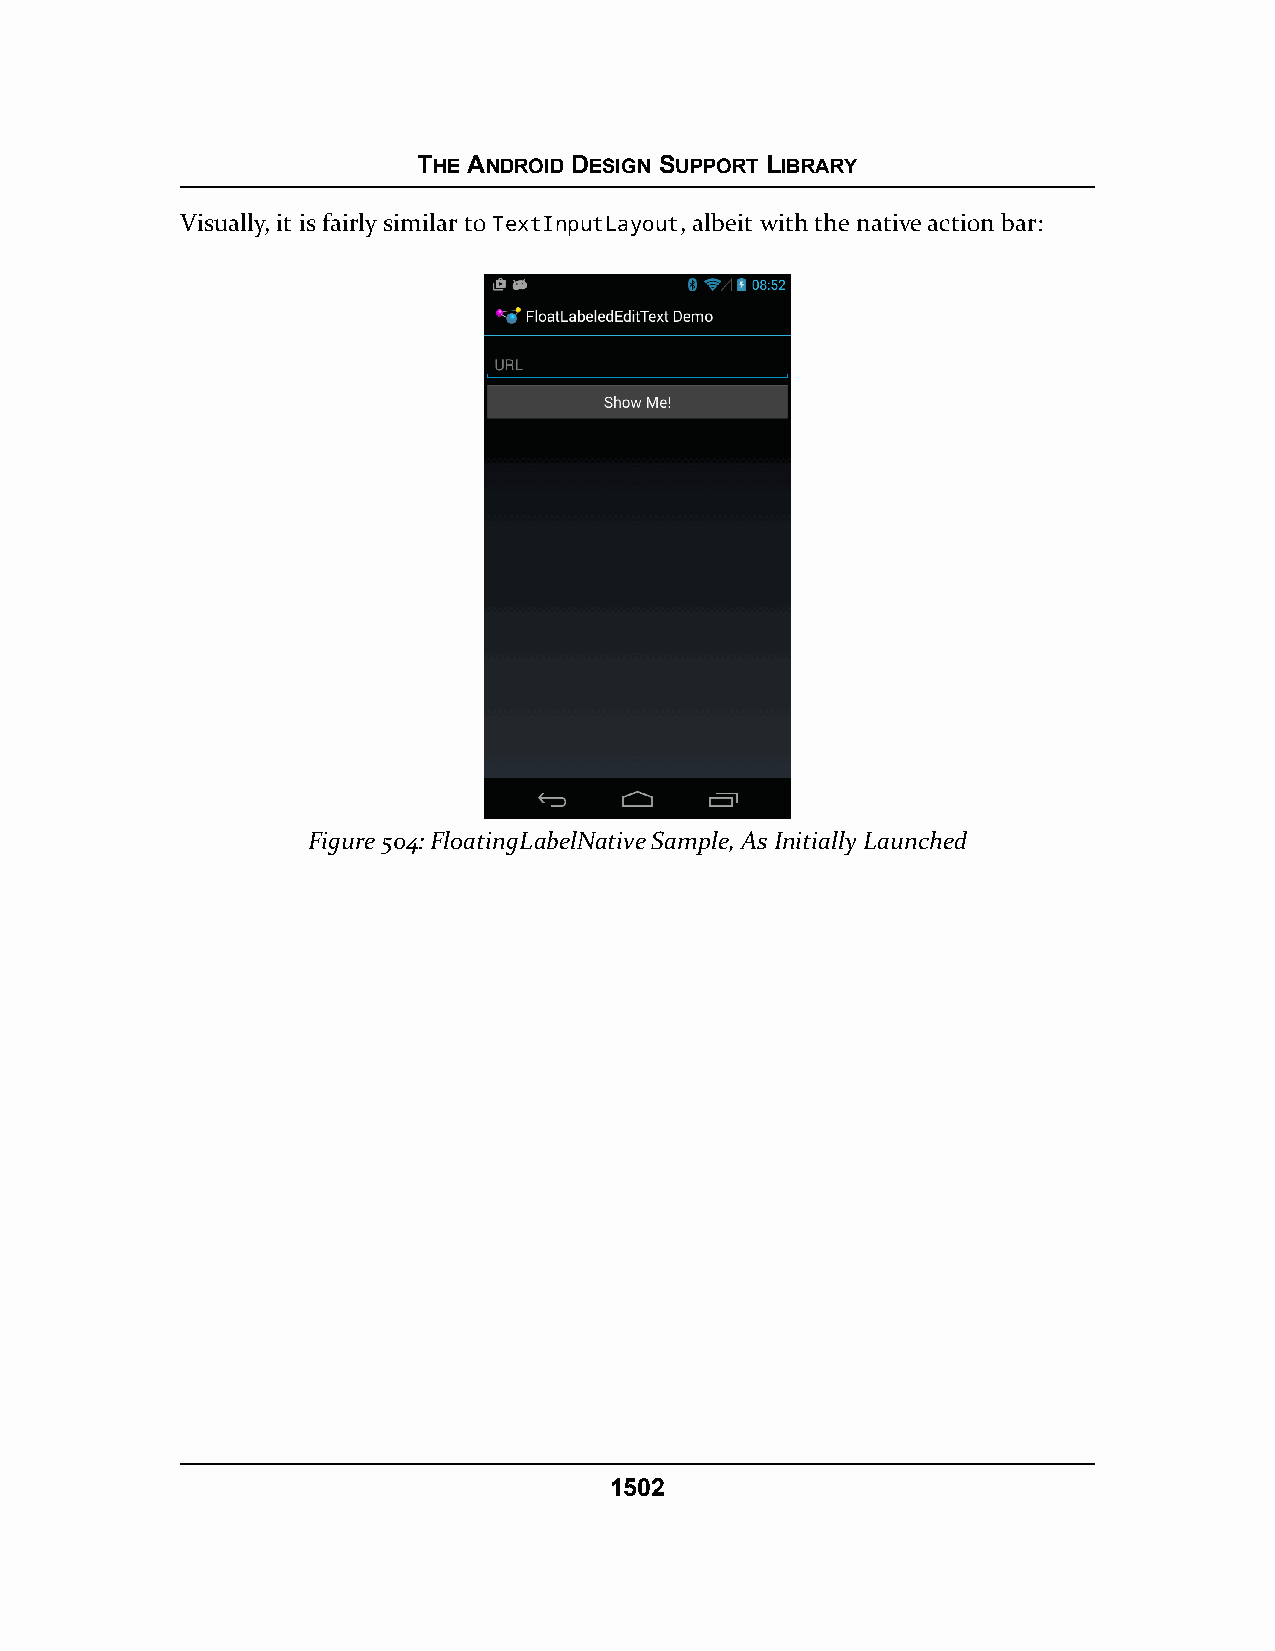
THE ANDROID DESIGN SUPPORT LIBRARY
 Visually, it is fairly similar to TextInputLayout, albeit with the native action bar:
 Figure 504: FloatingLabelNative Sample, As Initially Launched
 1502